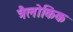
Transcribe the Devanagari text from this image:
त्रैलोकिक